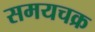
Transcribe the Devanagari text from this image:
समयचक्र